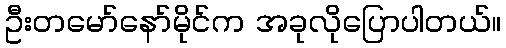
ဦးတမော်နော်မိုင်က အခုလိုပြောပါတယ်။